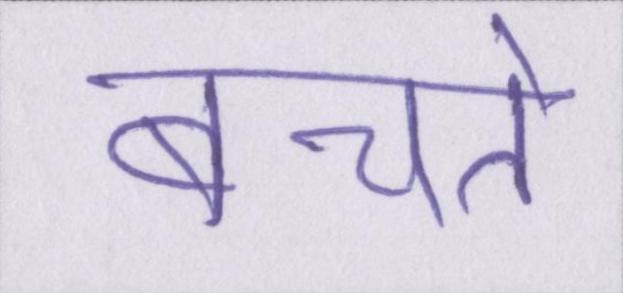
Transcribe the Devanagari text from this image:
बचते